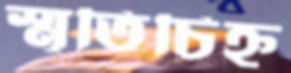
স্মৃতিচিহ্ন